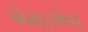
એમઇએચ